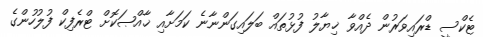
ޓެކްސީ ޑްރައިވަރުން ދެއްވާ ޚިޔާލު ފުޅުތައް ބަލައިގަންނާނެ ކަމަށާއި ޚާއްޞަކޮށް ޓްރެފިކް ފުލުހުންގެ